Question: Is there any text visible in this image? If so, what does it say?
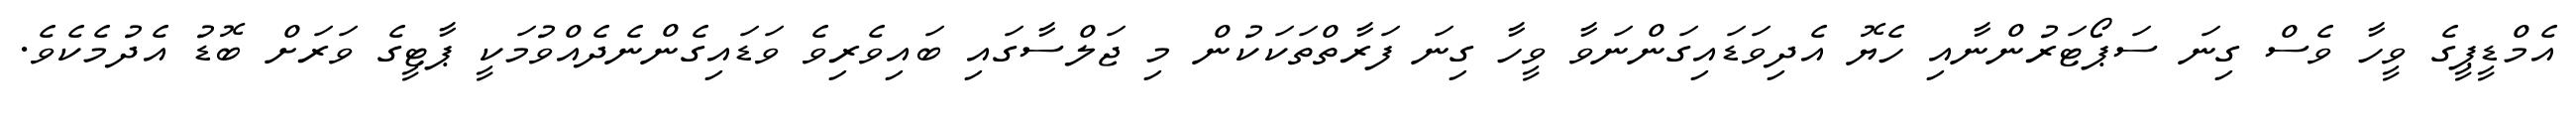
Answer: އެމްޑީޕީގެ ވީހާ ވެސް ގިނަ ސަޕޯޓަރުންނާއި ހެޔޮ އެދިވަޑައިގަންނަވާ ވީހާ ގިނަ ފަރާތްތަކަކުން މި ޖަލްސާގައި ބައިވެރިވެ ވަޑައިގެންނެދެއްވުމަކީ ޕާޓީގެ ވަރަށް ބޮޑު އެދުމެކެވެ.